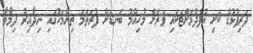
ދަރިފުޅުގެ ކަށި އުފެދުމަށްޓަކައި ވަރަށް މުހިއްމު ބަނޑަށް ފުރަތަމަ ތިންމަހުގައި ނިދާއިރު ދިމާވާ